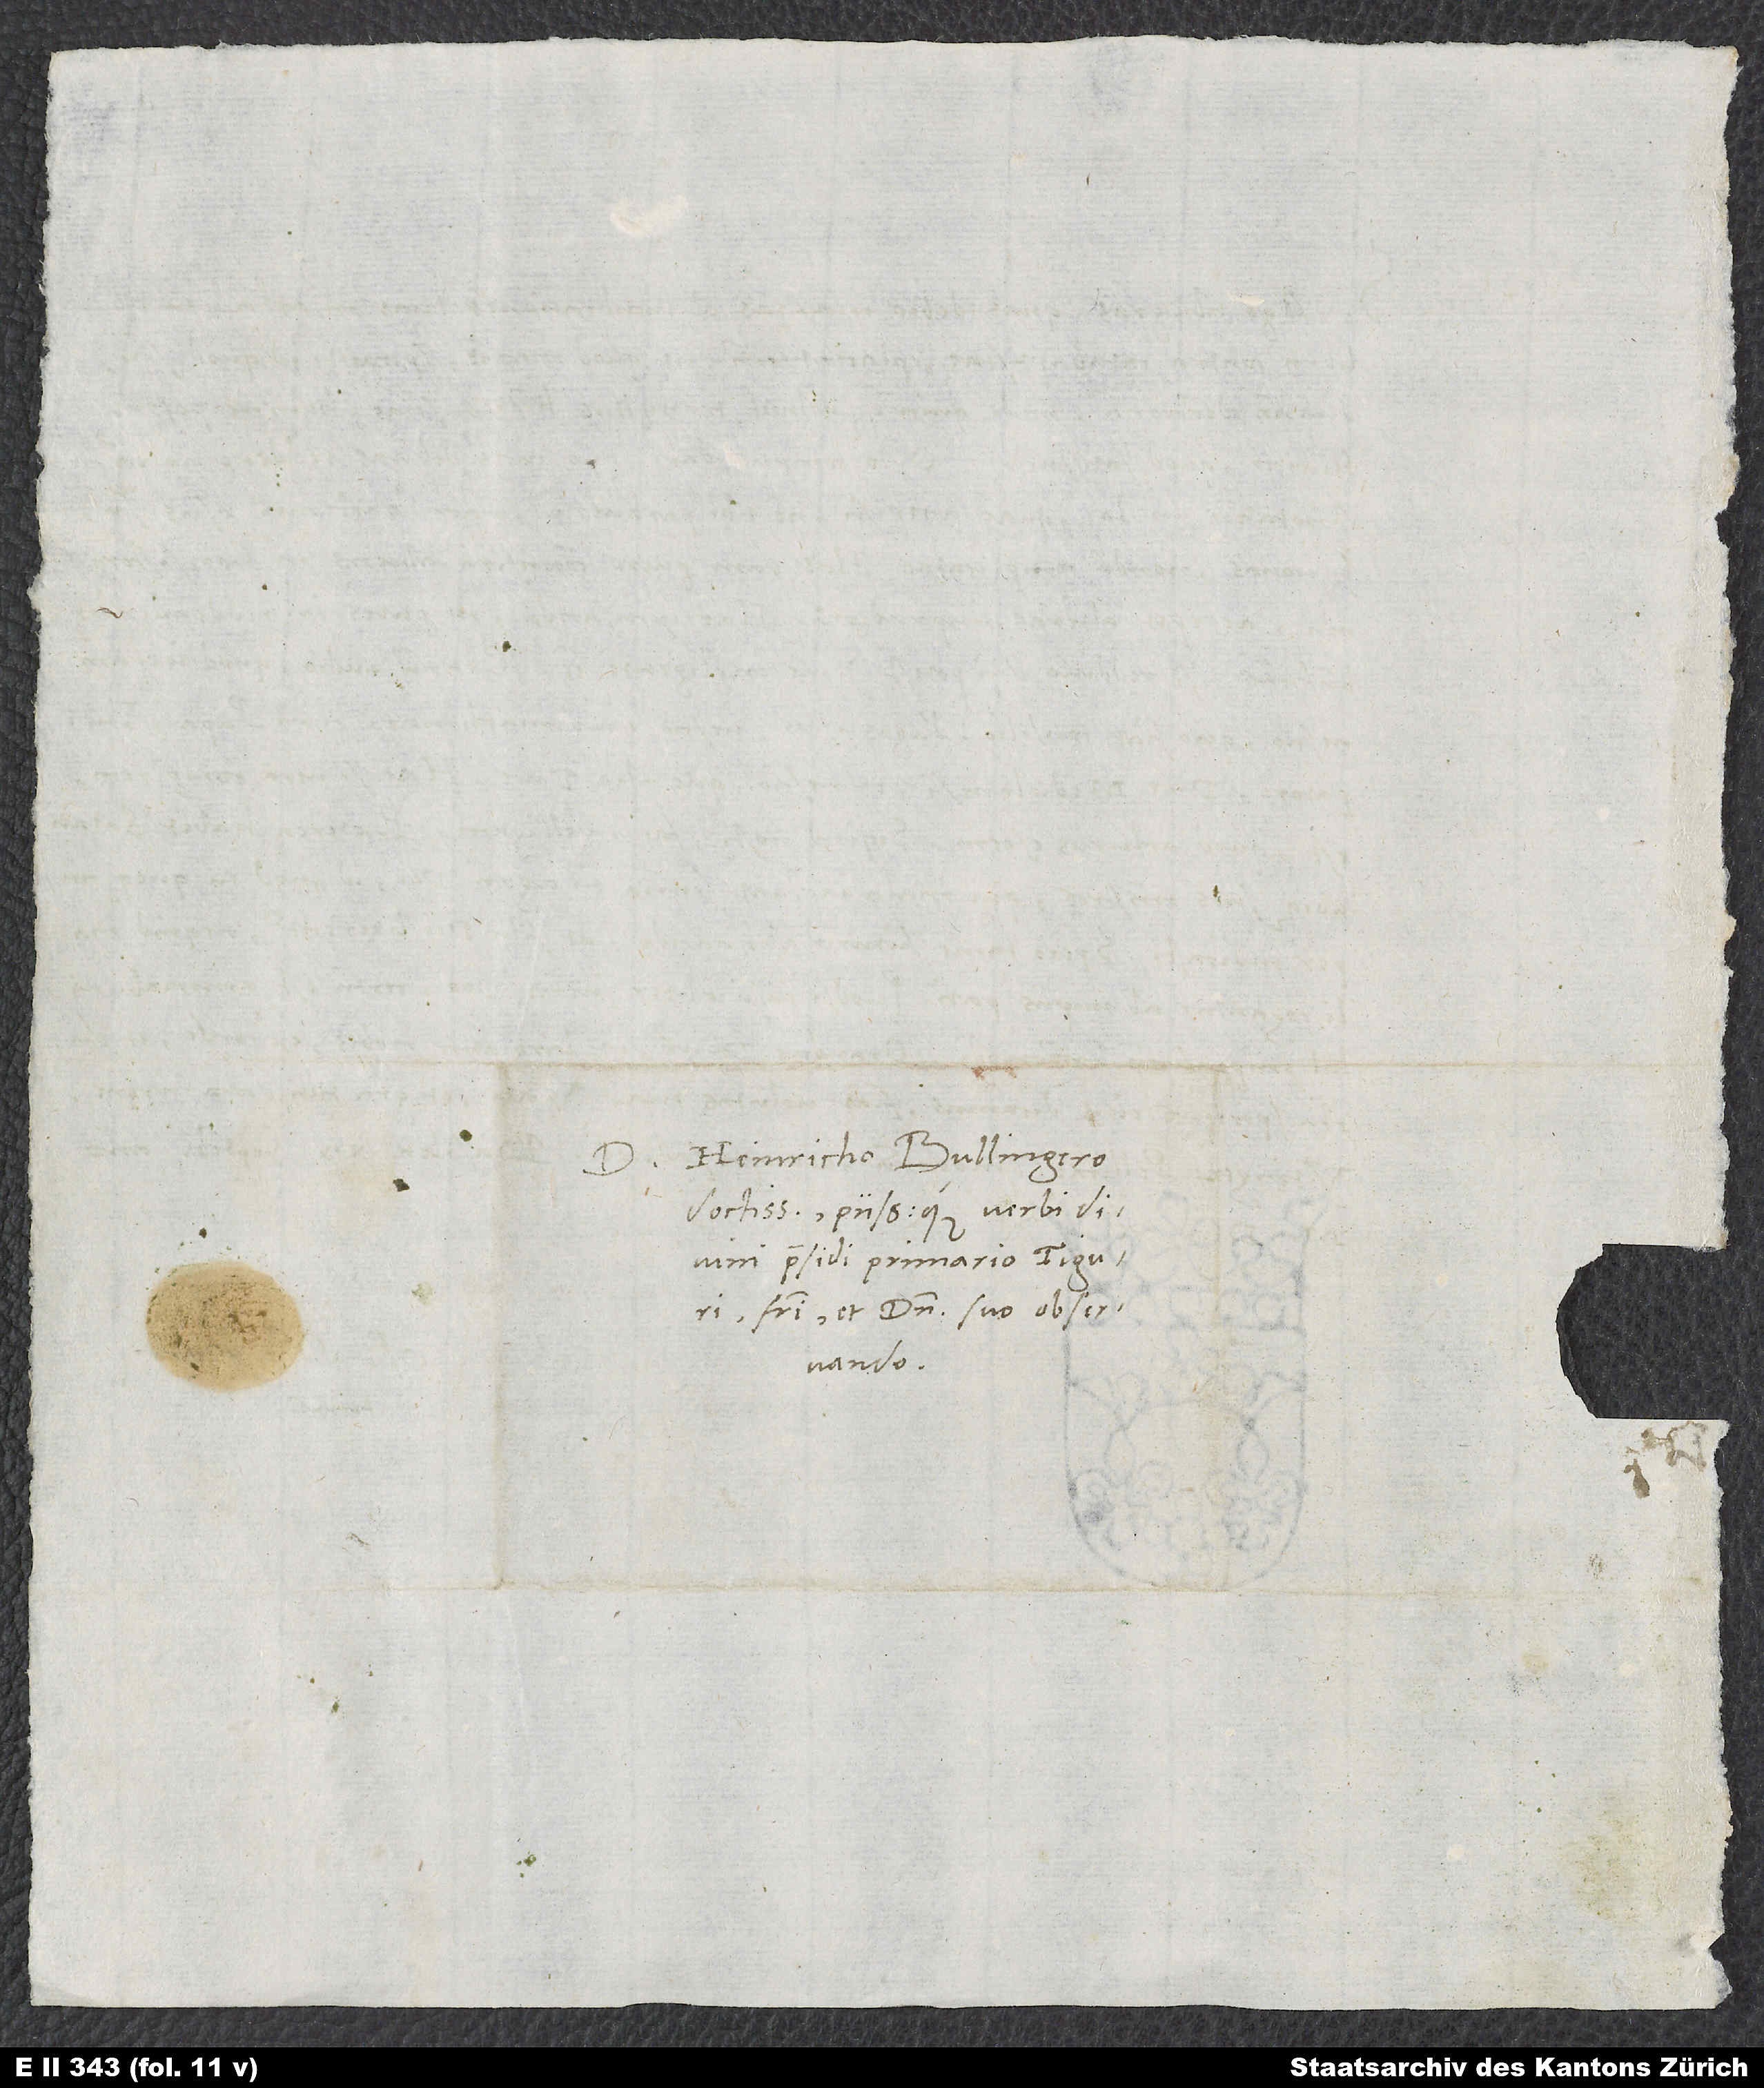
Domino Heinricho Bullingero,
doctissimo piissimoque verbi divini
praesidi primario Tiguri,
fratri et domino suo observando.